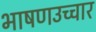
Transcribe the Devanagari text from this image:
भाषणउच्चार